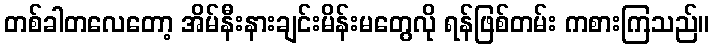
တစ်ခါတလေတော့ အိမ်နီးနားချင်းမိန်းမတွေလို ရန်ဖြစ်တမ်း ကစားကြသည်။